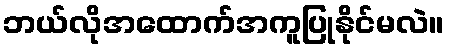
ဘယ်လိုအထောက်အကူပြုနိုင်မလဲ။